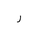
Letter: _ra